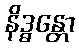
နိဒ္ဓန္တော